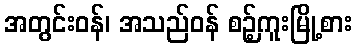
အတွင်းဝန်၊ အသည်ဝန် စဉ့်ကူးမြို့စား